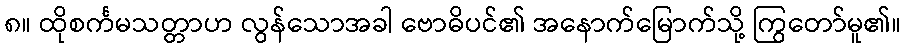
၈။ ထိုစင်္ကမသတ္တာဟ လွန်သောအခါ ဗောဓိပင်၏ အနောက်မြောက်သို့ ကြွတော်မူ၏။